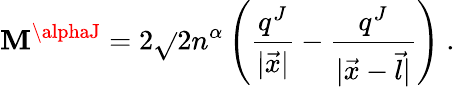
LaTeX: {\cal\mathbf{M}}^{\alphaJ}=2\sqrt{}{2}n^{\alpha}\left(\frac{{q^{J}}}{{|\vec{{x}}|}}-\frac{{q^{J}}}{{|\vec{{x}}-\vec{{l}}|}}\right)\ .